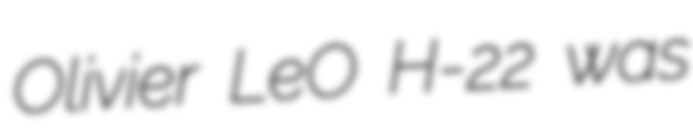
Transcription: Olivier LeO H-22 was